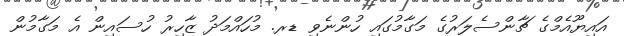
އައިޔޫއެމްގެ ޗާންސެލަރުގެ މަގާމުގައި ހުންނެވި ޑރ. މުހައްމަދު ޒާހިރު ހުސައިން އެ މަގާމުން